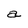
Character: a